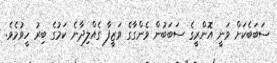
ސަބަބެކަށް ވަނީ އޮންރީގެ ސަބަބުން ވެންގާގެ ވަޒީފާ ގެއްލިދާނެ ކަމުގެ ބިރު ހީވުމެވެ.